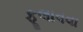
ફૂલાવવા